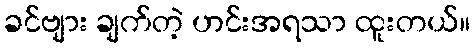
ခင်ဗျား ချက်တဲ့ ဟင်းအရသာ ထူးတယ်။